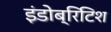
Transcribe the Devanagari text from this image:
इंडोब्रिटिश